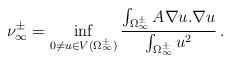
LaTeX: \begin{align*}\nu_\infty^\pm= \inf_{0\neq u \in V(\Omega_{\infty}^\pm )} \frac{\int_{\Omega_\infty^\pm} A\nabla u.\nabla u}{\int_{\Omega_\infty^\pm} u^2}\,.\end{align*}